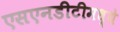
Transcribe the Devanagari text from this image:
एसएनडीटीमध्ये